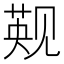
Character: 𬢑